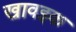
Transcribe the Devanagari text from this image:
खावइक